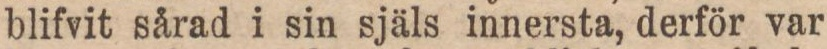
blifvit sårad i sin själs innersta, derför var